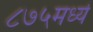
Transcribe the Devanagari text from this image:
८७५मध्ये